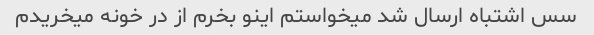
سس اشتباه ارسال شد میخواستم اینو بخرم از در خونه میخریدم